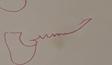
Signature authenticity: forged